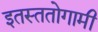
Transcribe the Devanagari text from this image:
इतस्ततोगामी